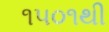
૧૫૦૧થી